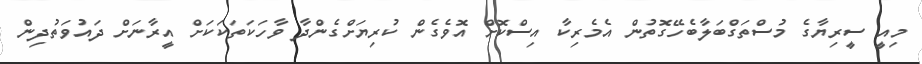
މިއީ ސީރިޔާގެ މުސްތަގްބަލާބެހޭގޮތުން އެމެރިކާ އިސްކޮށް އޮވެގެން ކުރިޔަށްގެންދާ ވާހަކަތަކަކަށް އީރާނަށް ދައުވަތުދިން